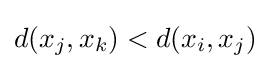
d(x_{j},x_{k})<d(x_{i},x_{j})